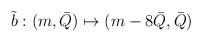
\begin{align*}\tilde b : (m, \bar Q) \mapsto (m - 8\bar Q, \bar Q)\end{align*}